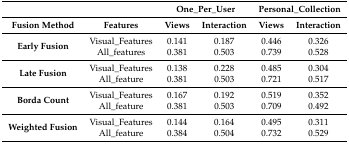
<table><thead><tr><td></td><td></td><td colspan="2"><b>One_Per_User</b></td><td colspan="2"><b>Personal_Collection</b></td></tr></thead><tbody><tr><td><b>Fusion Method</b></td><td><b>Features</b></td><td><b>Views</b></td><td><b>Interaction</b></td><td><b>Views</b></td><td><b>Interaction</b></td></tr><tr><td rowspan="2"><b>Early Fusion</b></td><td>Visual_Features</td><td>0.141</td><td>0.187</td><td>0.446</td><td>0.326</td></tr><tr><td>All_features</td><td>0.381</td><td>0.503</td><td>0.739</td><td>0.528</td></tr><tr><td rowspan="2"><b>Late Fusion</b></td><td>Visual_Features</td><td>0.138</td><td>0.228</td><td>0.485</td><td>0.304</td></tr><tr><td>All_feature</td><td>0.381</td><td>0.503</td><td>0.721</td><td>0.517</td></tr><tr><td rowspan="2"><b>Borda Count</b></td><td>Visual_Features</td><td>0.167</td><td>0.192</td><td>0.519</td><td>0.352</td></tr><tr><td>All_feature</td><td>0.381</td><td>0.503</td><td>0.709</td><td>0.492</td></tr><tr><td rowspan="2"><b>Weighted Fusion</b></td><td>Visual_Features</td><td>0.144</td><td>0.164</td><td>0.495</td><td>0.311</td></tr><tr><td>All_feature</td><td>0.384</td><td>0.504</td><td>0.732</td><td>0.529</td></tr></tbody></table>